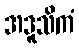
အဒူသိကံ